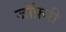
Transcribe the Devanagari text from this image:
जॉफ़री